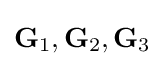
\mathbf {G} _{1},\mathbf {G} _{2},\mathbf {G} _{3}